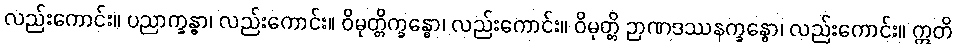
လည်းကောင်း။ ပညာက္ခန္ဓာ၊ လည်းကောင်း။ ဝိမုတ္တိက္ခန္ဓော၊ လည်းကောင်း။ ဝိမုတ္တိ ဉာဏဒဿနက္ခန္ဓော၊ လည်းကောင်း။ ဣတိ